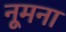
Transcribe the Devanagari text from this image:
नूमना